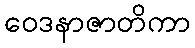
ဝေဒနာဇာတိကာ